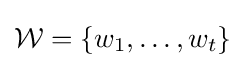
{\mathcal {W}}=\{w_{1},\ldots ,w_{t}\}